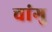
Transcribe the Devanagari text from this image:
चांगु